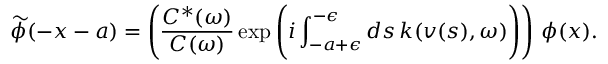
\widetilde { \phi } ( - x - a ) = \Biggl ( \frac { C ^ { * } ( \omega ) } { C ( \omega ) } \exp \left( i \int _ { - a + \epsilon } ^ { - \epsilon } d s \, k ( v ( s ) , \omega ) \Biggr ) \right) \, \phi ( x ) .